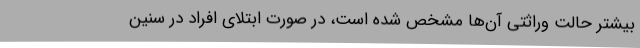
بیشتر حالت وراثتی آن‌ها مشخص شده است، در صورت ابتلای افراد در سنین